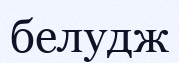
белудж